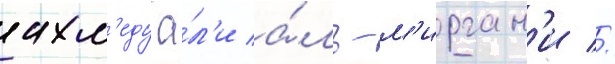
ахм'еду а́л'и а́ль-м'ирган'и //